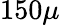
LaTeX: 150\mu